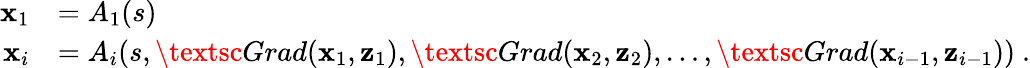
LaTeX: \begin{array}{rl}{{\mathbf x}_{1}}&{=A_{1}(s)}\\ {{\mathbf x}_{i}}&{=A_{i}(s,\textsc{Grad}({\mathbf x}_{1},{\mathbf z}_{1}),\textsc{Grad}({\mathbf x}_{2},{\mathbf z}_{2}),\dots,\textsc{Grad}({\mathbf x}_{i-1},{\mathbf z}_{i-1}))~.}\end{array}